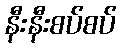
နီးနီးစပ်စပ်